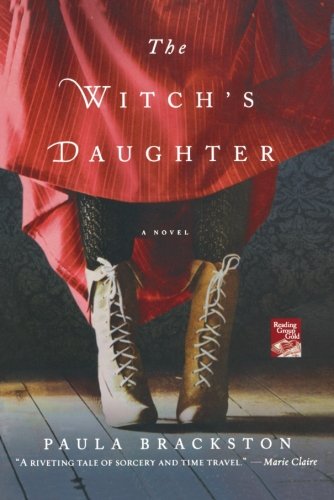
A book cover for The Witch's Daughter; Paula Brackston; Science Fiction & Fantasy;